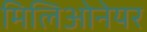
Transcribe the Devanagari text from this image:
मिलिओनेयर